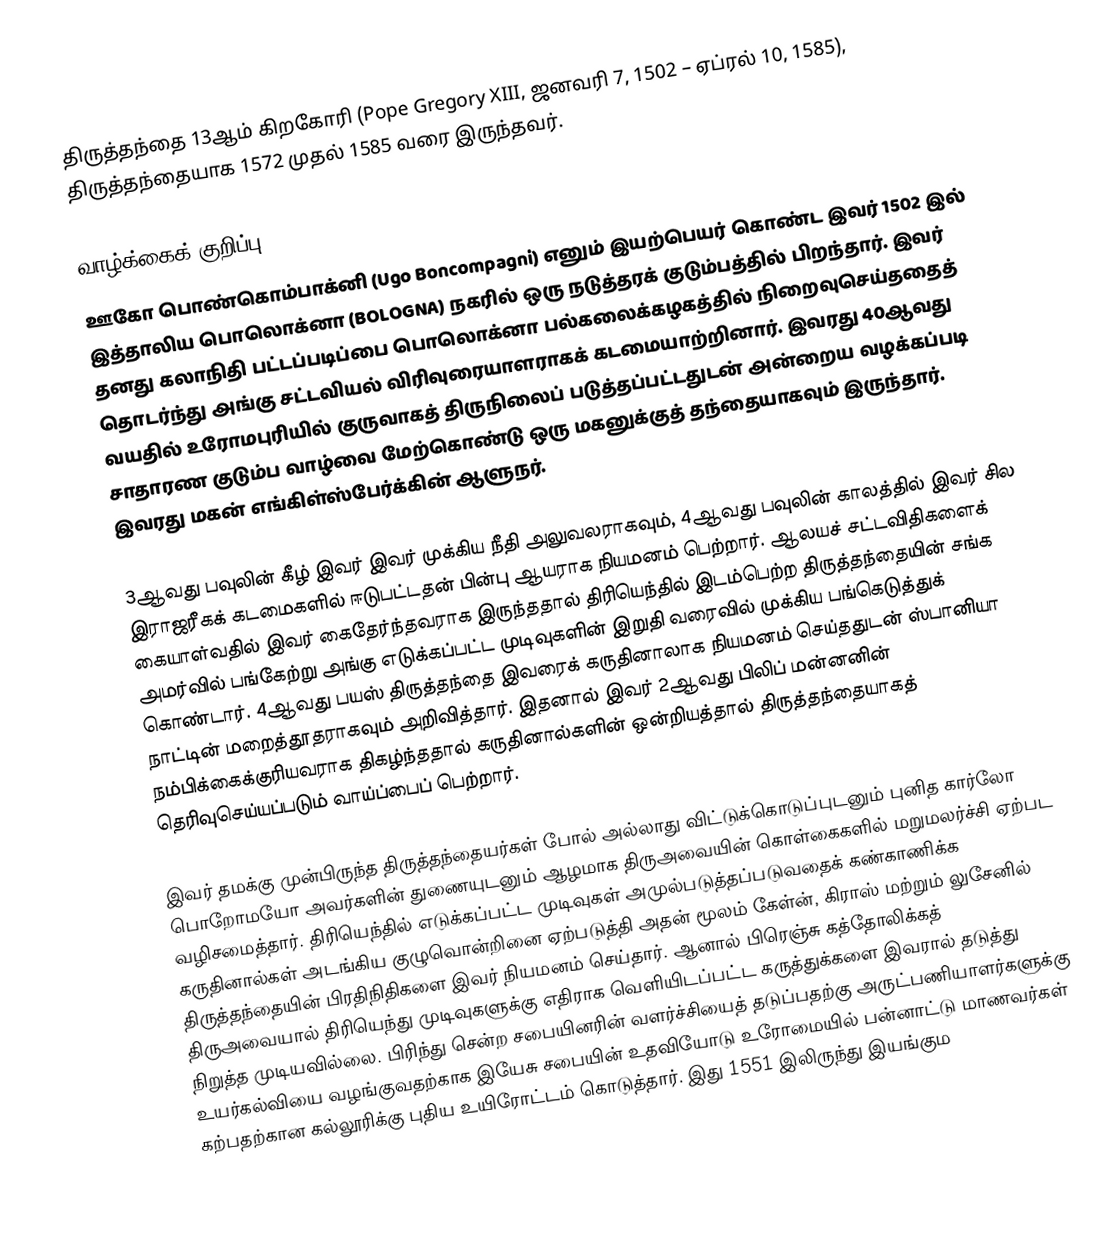
திருத்தந்தை 13ஆம் கிறகோரி (Pope Gregory XIII, ஜனவரி 7, 1502 – ஏப்ரல் 10, 1585), திருத்தந்தையாக 1572 முதல் 1585 வரை இருந்தவர்.

வாழ்க்கைக் குறிப்பு
ஊகோ பொண்கொம்பாக்னி (Ugo Boncompagni) எனும் இயற்பெயர் கொண்ட இவர் 1502 இல் இத்தாலிய பொலொக்னா (BOLOGNA) நகரில் ஒரு நடுத்தரக் குடும்பத்தில் பிறந்தார். இவர் தனது கலாநிதி பட்டப்படிப்பை பொலொக்னா பல்கலைக்கழகத்தில் நிறைவுசெய்ததைத் தொடர்ந்து அங்கு சட்டவியல் விரிவுரையாளராகக் கடமையாற்றினார். இவரது 40ஆவது வயதில் உரோமபுரியில் குருவாகத் திருநிலைப் படுத்தப்பட்டதுடன் அன்றைய வழக்கப்படி சாதாரண குடும்ப வாழ்வை மேற்கொண்டு ஒரு மகனுக்குத் தந்தையாகவும் இருந்தார். இவரது மகன் எங்கிள்ஸ்பேர்க்கின் ஆளுநர்.

3ஆவது பவுலின் கீழ் இவர் இவர் முக்கிய நீதி அலுவலராகவும், 4ஆவது பவுலின் காலத்தில் இவர் சில இராஜரீகக் கடமைகளில் ஈடுபட்டதன் பின்பு ஆயராக நியமனம் பெற்றார். ஆலயச் சட்டவிதிகளைக் கையாள்வதில் இவர் கைதேர்ந்தவராக இருந்ததால் திரியெந்தில் இடம்பெற்ற திருத்தந்தையின் சங்க அமர்வில் பங்கேற்று அங்கு எடுக்கப்பட்ட முடிவுகளின் இறுதி வரைவில் முக்கிய பங்கெடுத்துக் கொண்டார். 4ஆவது பயஸ் திருத்தந்தை இவரைக் கருதினாலாக நியமனம் செய்ததுடன் ஸ்பானியா நாட்டின் மறைத்தூதராகவும் அறிவித்தார். இதனால் இவர் 2ஆவது பிலிப் மன்னனின் நம்பிக்கைக்குரியவராக திகழ்ந்ததால் கருதினால்களின் ஒன்றியத்தால் திருத்தந்தையாகத் தெரிவுசெய்யப்படும் வாய்ப்பைப் பெற்றார்.

இவர் தமக்கு முன்பிருந்த திருத்தந்தையர்கள் போல் அல்லாது விட்டுக்கொடுப்புடனும் புனித கார்லோ பொறோமயோ அவர்களின் துணையுடனும் ஆழமாக திருஅவையின் கொள்கைகளில் மறுமலர்ச்சி ஏற்பட வழிசமைத்தார். திரியெந்தில் எடுக்கப்பட்ட முடிவுகள் அமுல்படுத்தப்படுவதைக் கண்காணிக்க கருதினால்கள் அடங்கிய குழுவொன்றினை ஏற்படுத்தி அதன் மூலம் கேள்ன், கிராஸ் மற்றும் லுசேனில் திருத்தந்தையின் பிரதிநிதிகளை இவர் நியமனம் செய்தார். ஆனால் பிரெஞ்சு கத்தோலிக்கத் திருஅவையால் திரியெந்து முடிவுகளுக்கு எதிராக வெளியிடப்பட்ட கருத்துக்களை இவரால் தடுத்து நிறுத்த முடியவில்லை. பிரிந்து சென்ற சபையினரின் வளர்ச்சியைத் தடுப்பதற்கு அருட்பணியாளர்களுக்கு உயர்கல்வியை வழங்குவதற்காக இயேசு சபையின் உதவியோடு உரோமையில் பன்னாட்டு மாணவர்கள் கற்பதற்கான கல்லூரிக்கு புதிய உயிரோட்டம் கொடுத்தார். இது 1551 இலிருந்து இயங்கும